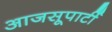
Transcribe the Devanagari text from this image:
आजसूपार्टी